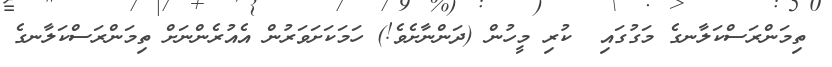
ތިމަންރަސްކަލާނގެ މަގުގައި  ކުރި މީހުން (ދަންނާށެވެ!) ހަމަކަށަވަރުން އެއުރެންނަށް ތިމަންރަސްކަލާނގެ